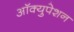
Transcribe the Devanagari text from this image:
आॅक्युपेशन